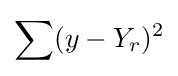
\sum (y-Y_{r})^{2}